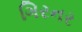
ગિરનર